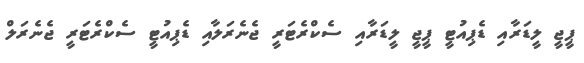
ޕީޖީ ލީޑަރާއި ޑެޕިއުޓީ ޕީޖީ ލީޑަރާއި ސެކްރެޓަރީ ޖެނެރަލާއި ޑެޕިއުޓީ ސެކްރެޓަރީ ޖެނެރަލް